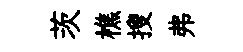
茨樵搜弗